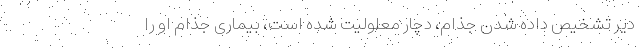
دیر تشخیص داده شدن جذام، دچار معلولیت شده است، بیماری جذام او را